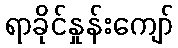
ရာခိုင်နှုန်းကျော်